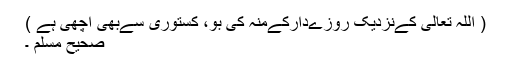
( اللہ تعالی کےنزدیک روزےدارکےمنہ کی بو، کستوری سےبھی اچھی ہے )
صحیح مسلم ۔